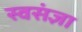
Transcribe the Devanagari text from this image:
स्वसंज्ञा